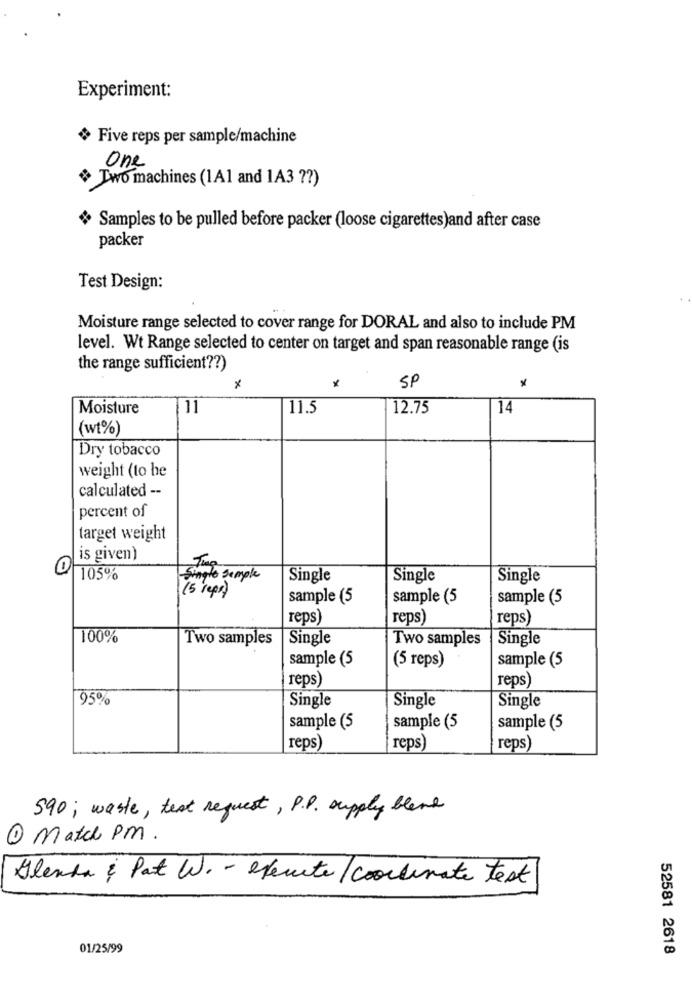
Experiment:
Five reps per sample/machine
One
Two machines (1A1 and 1A3 ?? )
« Samples to be pulled before packer (loose cigarettes)and after case
packer
Test Design:
Moisture range selected to cover range for DORAL and also to include PM
level. Wt Range selected to center on target and span reasonable range (is
the range sufficient ?? )
×
SP
Moisture
11
11.5
12.75
14
(wt%)
Dry tobacco
weight (to he
calculated --
percent of
target weight
is given)
Tua
105%
Single Semple
Single
Single
Single
(5 reps)
sample (5
sample (5
sample (5
reps)
reps)
reps)
100%
Two samples
Single
Two samples
Single
sample (5
(5 reps)
sample (5
reps)
reps
95%
Single
Single
Single
sample (5
sample (5
sample (5
reps
reps
reps
590; waste, test request, P.P. supply blere
1 Match PM.
Glenda & Pat W. - execute / coordinate test
01/25/99
52581 2618